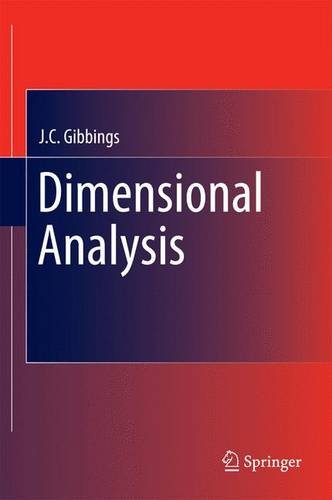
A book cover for Dimensional Analysis; J.C. Gibbings; Science & Math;